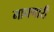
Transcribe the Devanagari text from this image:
नाचणारी